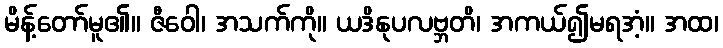
မိန့်တော်မူ၏။ ဇီဝေါ၊ အသက်ကို။ ယဒိနုပလဗ္ဘတိ၊ အကယ်၍မရအံ့။ အထ၊